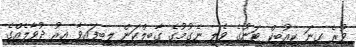
ވުރެ ގިނަ ކިއުބިކް ޓަނުގެ ވެލި ނެގުމުގެ ގާބިލްކަން ލިބިފައިވާ އިރު ދުވާލެއްގެ